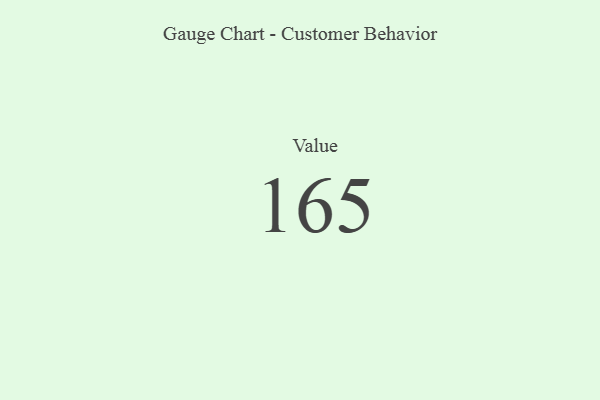
{"axis": {"x": "Metric", "y": "Value"}, "legend": [""], "data": [{"x": "Value", "y": 165, "type": ""}]}